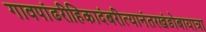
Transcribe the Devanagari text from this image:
गावपांढरीहिकादंबरीत्यानंतरखंडोबायात्रा